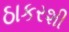
ઠાકરશી